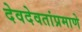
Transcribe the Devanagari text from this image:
देवदेवतांप्रमाणे